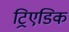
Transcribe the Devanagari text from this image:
ट्रिएडिक